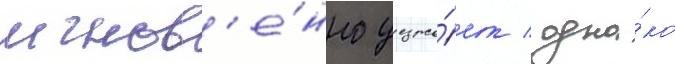
мгнов'е́нно уезжа́ет / одна́ко